Report of an investigation into the causes of the diseases known in Assam as Kála-Azár and Beri-Beri
Disease focus: Beri-Beri
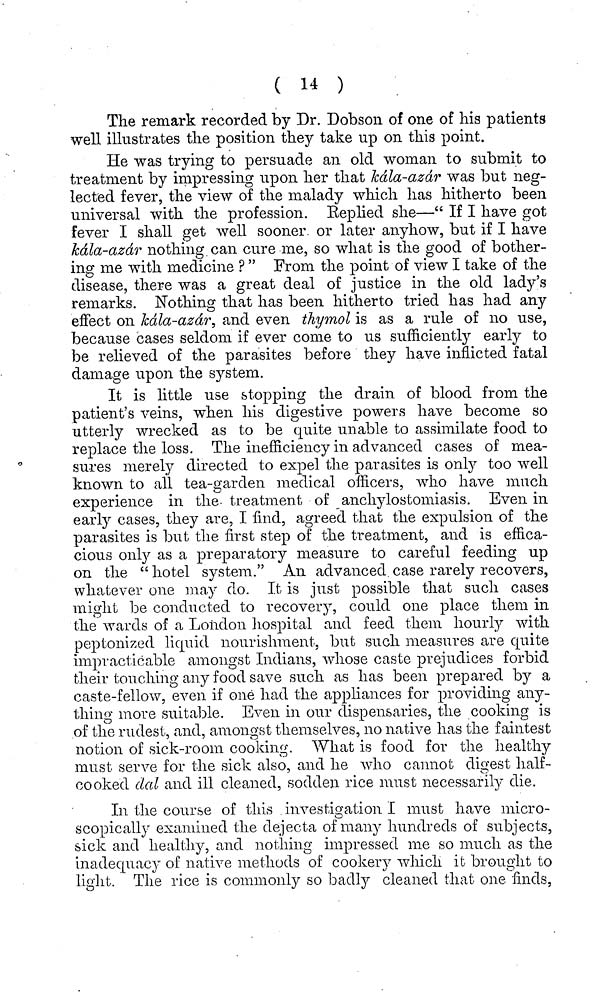
( 14 )
The remark recorded by Dr. Dobson of one of his patients
well illustrates the position they take up on this point.
He was trying to persuade an old woman to submit to
treatment by impressing upon her that kála-azár was but neg-
lected fever, the view of the malady which has hitherto been
universal with the profession. Replied she—" If I have got
fever I shall get well sooner or later anyhow, but if I have
kála-azár nothing can cure me, so what is the good of bother-
ing me with medicine ? " From the point of view I take of the
disease, there was a great deal of justice in the old lady's
remarks. Nothing that has been hitherto tried has had any
effect on kála-azár, and even thymol is as a rule of no use,
because cases seldom if ever come to us sufficiently early to
be relieved of the parasites before they have inflicted fatal
damage upon the system.
It is little use stopping the drain of blood from the
patient's veins, when his digestive powers have become so
utterly wrecked as to be quite unable to assimilate food to
replace the loss. The inefficiency in advanced cases of mea-
sures merely directed to expel the parasites is only too well
known to all tea-garden medical officers, who have much
experience in the treatment of anchylostomiasis. Even in
early cases, they are, I find, agreed that the expulsion of the
parasites is but the first step of the treatment, and is effica-
cious only as a preparatory measure to careful feeding up
on the " hotel system." An advanced case rarely recovers,
whatever one may do. It is just possible that such cases
might be conducted to recovery, could one place them in
the wards of a London hospital and feed them hourly with
peptonized liquid nourishment, but such measures are quite
impracticable amongst Indians, whose caste prejudices forbid
their touching any food save such as has been prepared by a
caste-fellow, even if one had the appliances for providing any-
thing more suitable. Even, in our dispensaries, the cooking is
of the rudest, and, amongst themselves, no native has the faintest
notion of sick-room cooking. What is food for the healthy
must serve for the sick also, and he who cannot digest half-
cooked dal and ill cleaned, sodden rice must necessarily die.
In the course of this investigation I must have micro-
scopically examined the dejecta of many hundreds of subjects,
sick and healthy, and nothing impressed me so much as the
inadequacy of native methods of cookery which it brought to
light. The rice is commonly so badly cleaned that one finds,